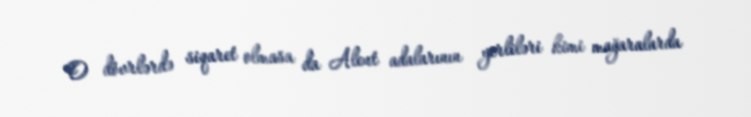
O dövrlərdə siqaret olmasa da Aleut adalarının yerliləri kimi mağaralarda